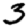
Digit: 3